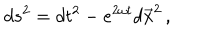
d s ^ { 2 } = d t ^ { 2 } - e ^ { 2 \omega t } d \vec { x } ^ { 2 } \, ,